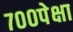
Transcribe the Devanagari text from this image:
७००पेक्षा